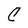
Character: C